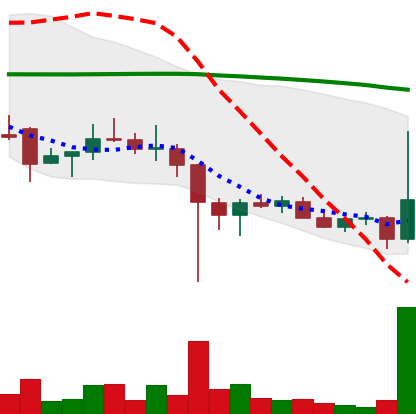
Ticker: DOGE-USD
Chart end date: 2021-12-14
Forward return: -5.873%
Label: down_5_7